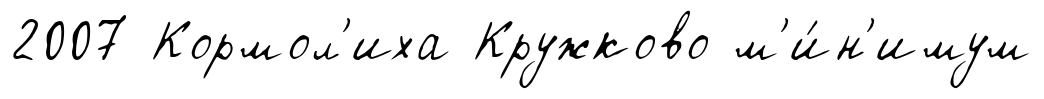
2007 Кормол'иха Кружково м'и́н'имум